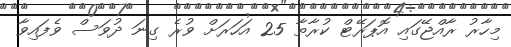
މިހާރު ރާއްޖޭގައި އޮޕަރޭޓް ކުރާތާ 25 އަހަރަށް ވުރެ ގިނަ ދުވަސް ވެފައިވާ